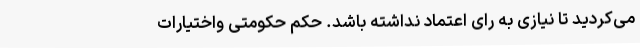
می‌کردید تا نیازی به رای اعتماد نداشته باشد. حکم حکومتی واختیارات